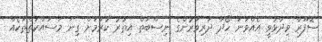
ސޮފޫރާ ވިދާޅުވީ އެއްވަނަ ހޯދާ ދަރިވަރުންގެ ނިސްބަތް އިތުރު ކުރުމަށް ގިނަ މަސައްކަތްތަކެއް